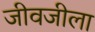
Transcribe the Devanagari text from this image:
जीवजीला